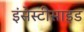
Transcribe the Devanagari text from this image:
इंसेस्टीसाइड